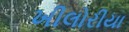
ખીલોરીયા